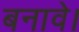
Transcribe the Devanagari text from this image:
बनावे।